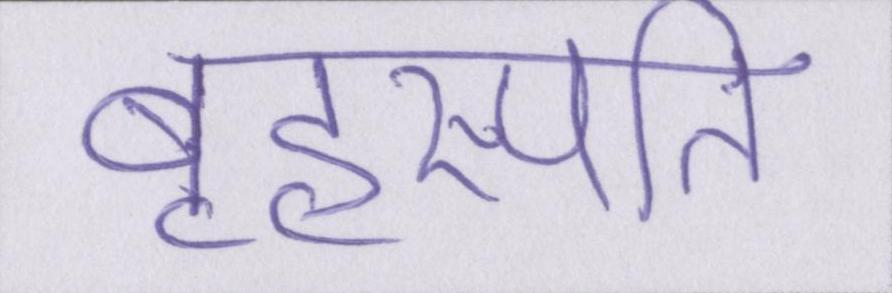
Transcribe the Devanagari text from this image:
बृहस्पति